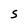
Character: S